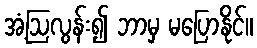
အံ့ဩလွန်း၍ ဘာမှ မပြောနိုင်။